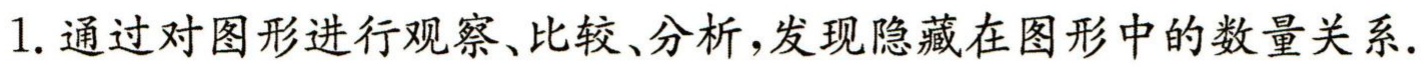
1. 通过对图形进行观察、比较、分析，发现隐藏在图形中的数量关系.